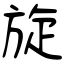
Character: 旋